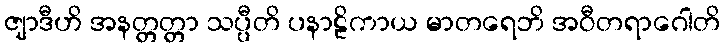
ဇျာဒီဟိ အနတ္တတ္တာ သပ္ပီတိ ပနာဠိကာယ မာတရေဘိ အဝီတရာဂေါတိ